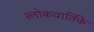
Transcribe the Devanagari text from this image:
श्लोकवार्तिके